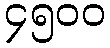
၄၅၀၀